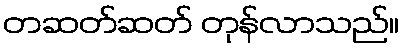
တဆတ်ဆတ် တုန်လာသည်။